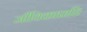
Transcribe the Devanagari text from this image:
जीविकाप्राप्ति